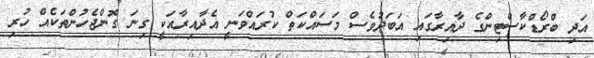
އަދި ބްރޯޑްކާސްޓިންގެ ދާއިރާގައި އަބަދުވެސް މަސައްކަތް ކުރައްވަނީ އެދާއިރާއަކީ ގިނަ ގޮންޖެހުންތަކެއް ހުރި